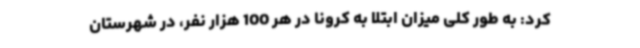
کرد: به طور کلی میزان ابتلا به کرونا در هر 100 هزار نفر، در شهرستان